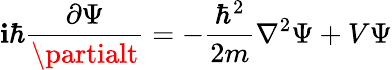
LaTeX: \mathbf{i}\hbar{\frac{{\partial\Psi}}{{\partialt}}}=-{\frac{{\hbar^{2}}}{{2m}}}\nabla^{2}\Psi+V\Psi